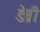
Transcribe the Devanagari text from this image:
डेव्री